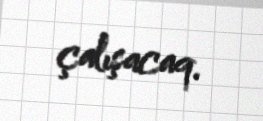
çalışacaq.